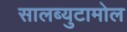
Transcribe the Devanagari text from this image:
सालब्युटामोल